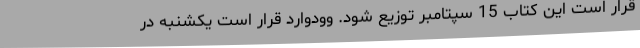
قرار است این کتاب 15 سپتامبر توزیع شود. وودوارد قرار است یکشنبه در